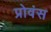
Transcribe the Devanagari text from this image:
प्रोवंस